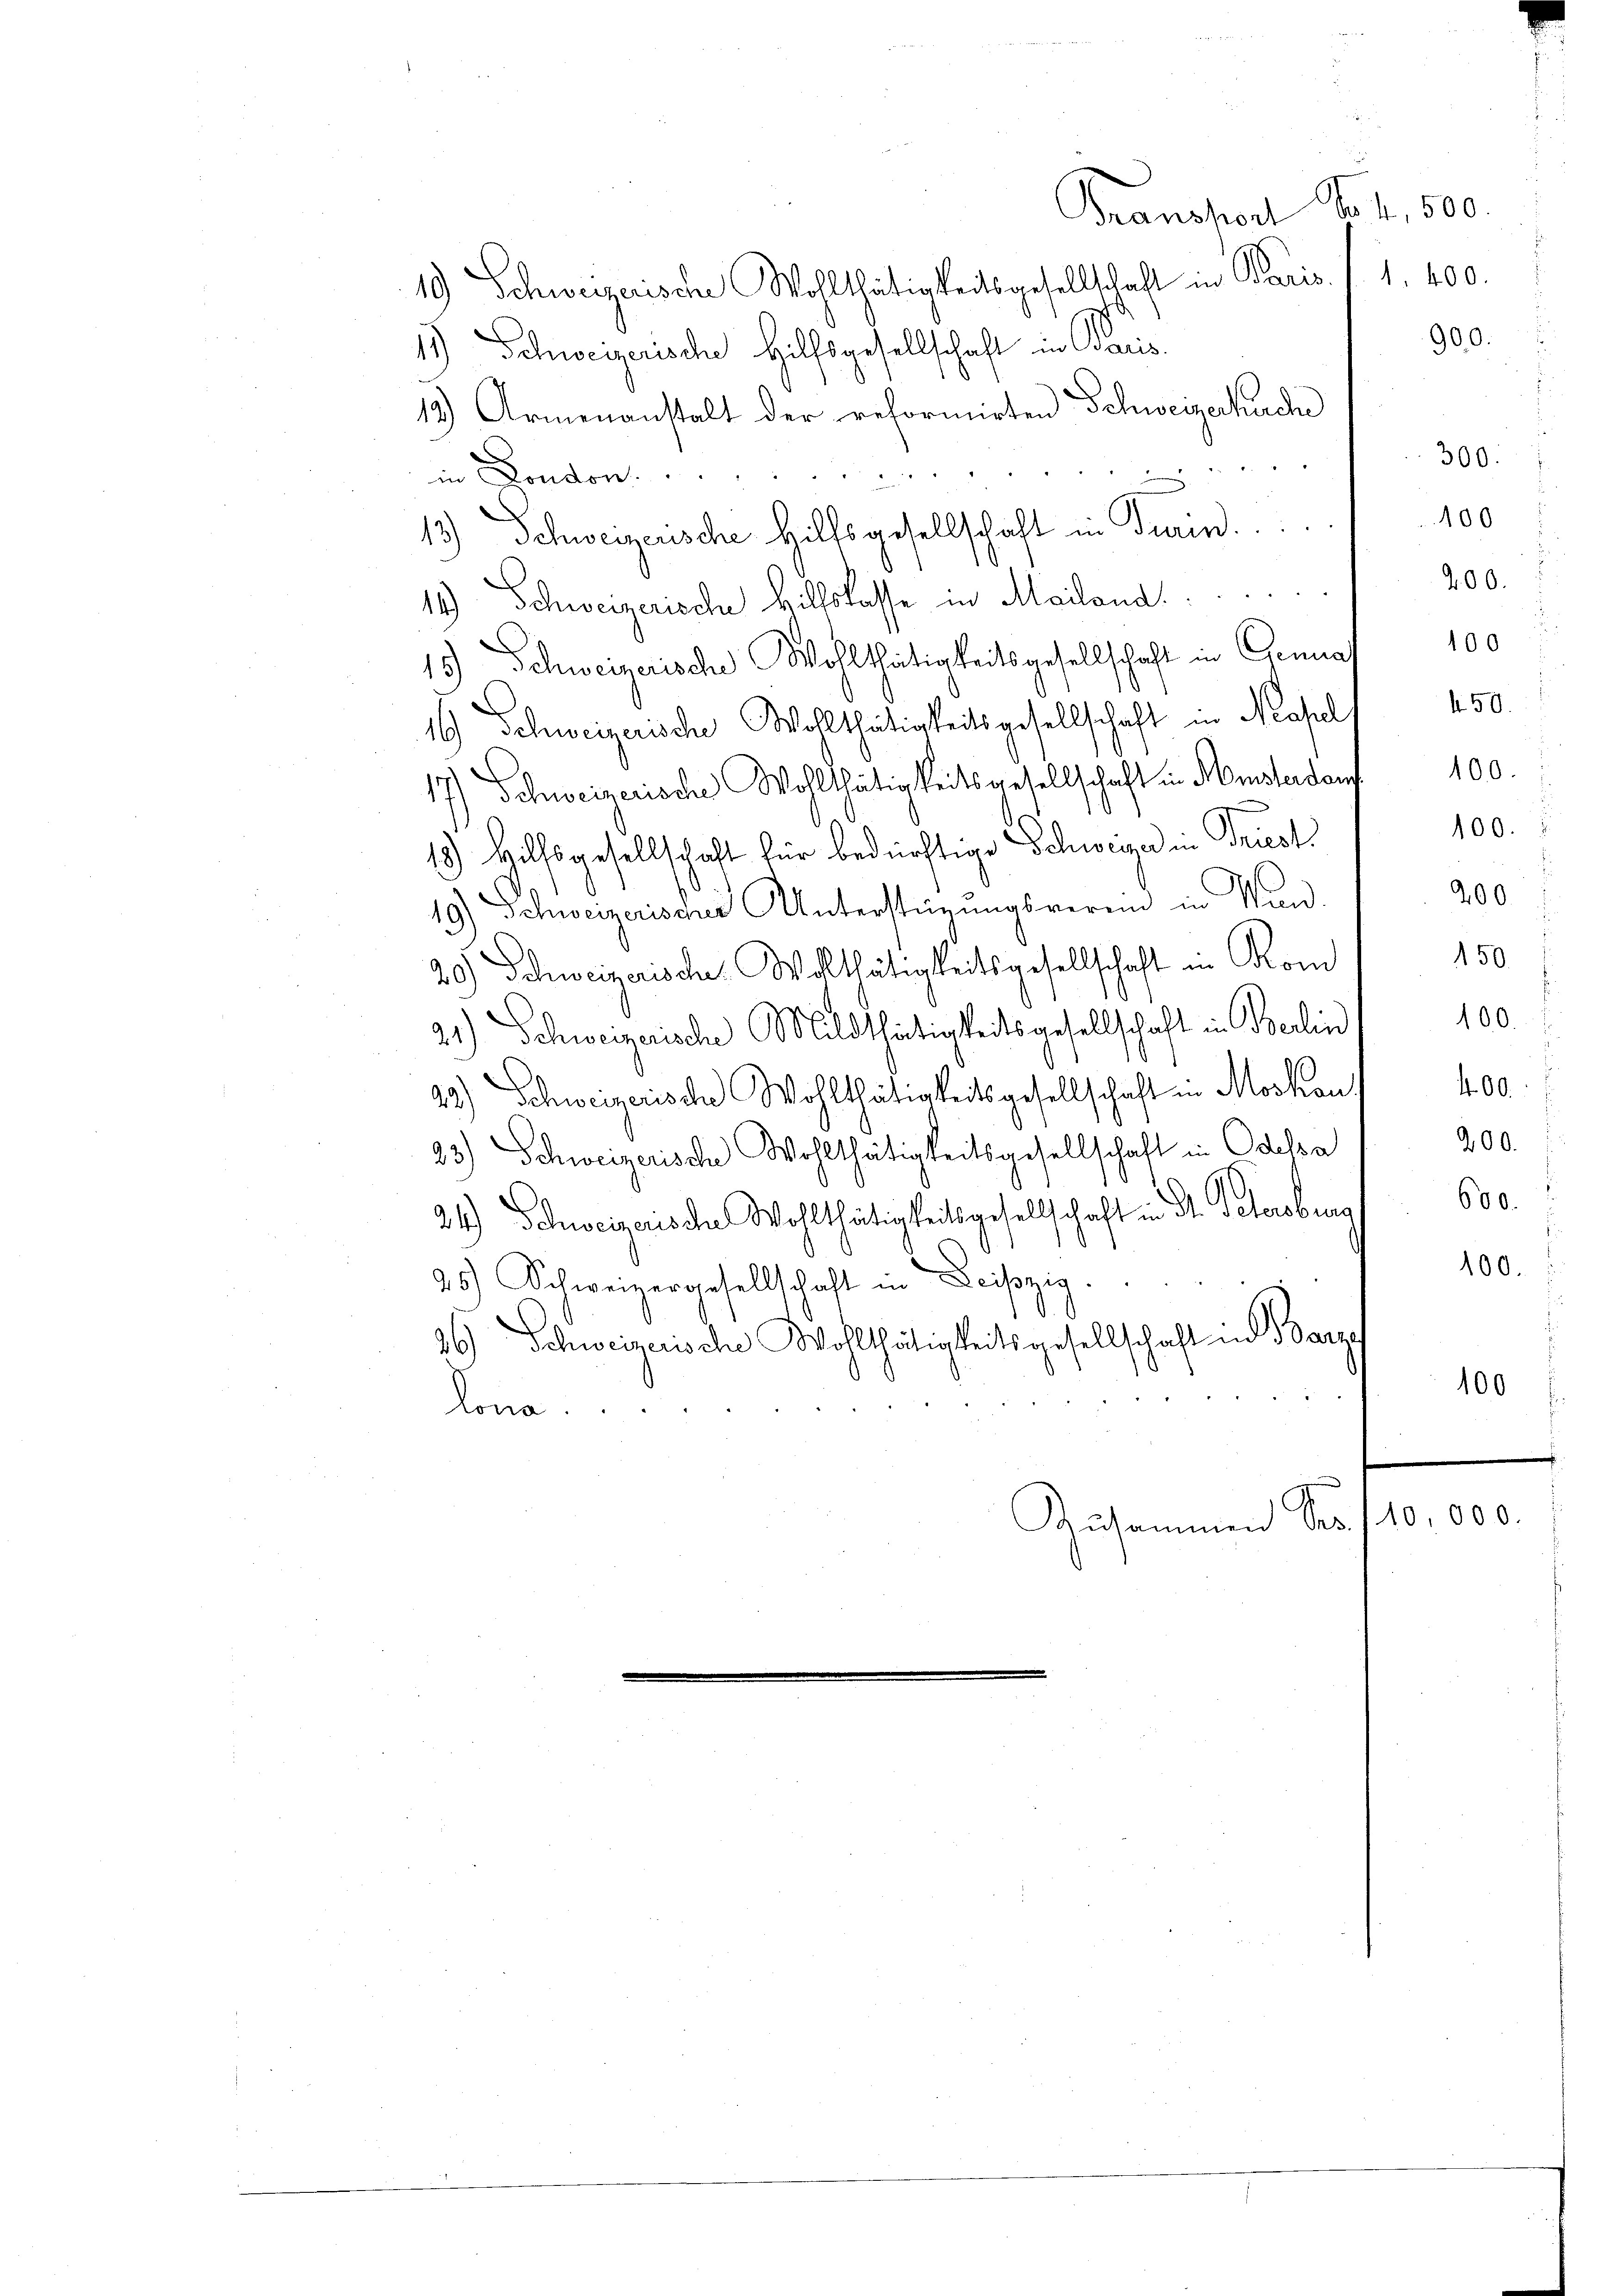
i
Transport No. 4, 500.
19 Schweizerische Wohlthätigkeitsgesellschaft in Paris. f. 1. 400.
1.) Schweizerische Hilfsgesellschaft in Paris
s
12.) Armenanstalt der reformirten Schweizerkuche
in London
.
n
13) Schweizerische Hilfsgesellschaft in Turin.
Schweizerische Hillslasse in Mailand.
11.)
15 Schweizerische Wohlthätigkeitsgesellschaft in Genua
16) Schweizerische Wohlthätigkeitsgesellschaft in Massel
17) Schweizerische Wohlthätigkeitsgesellschaft in Misterdan
18) Hilfsgesellschaft für bedürftige Schweizer in Priest
19) Schweizerischer Unterstüzungsverein in Man
150.
20) Schweizerische. Wolthätigkeitsgesellschaft in Kom
100.
21.) Schweizerische Mildthätigkeitsgesellschaft in Berlin
.
22) Schweizerische Wohlthätigkeitsgesellschaft in Moskau 400
200.
23.) Schweizerische Wohlthätigkeitsgesellschaft in Edelsa
.
24) Schweizerische Wohlthätigkeitsgesellschaft in Dr. Petersburg 600.
100.
25.) Schweizergesellschaft in Leipzig.
26) Schweizerische Wohlthätigkeitsgesellschaft in Barze
100
lona.
e
Zusammen Ses 10,000.

900.

300.
100

200.

100.

100.

100

450.

400